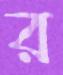
র